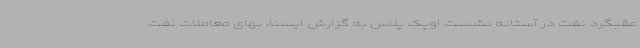
عقبگرد نفت در آستانه نشست اوپک پلاس به گزارش ایسنا، بهای معاملات نفت